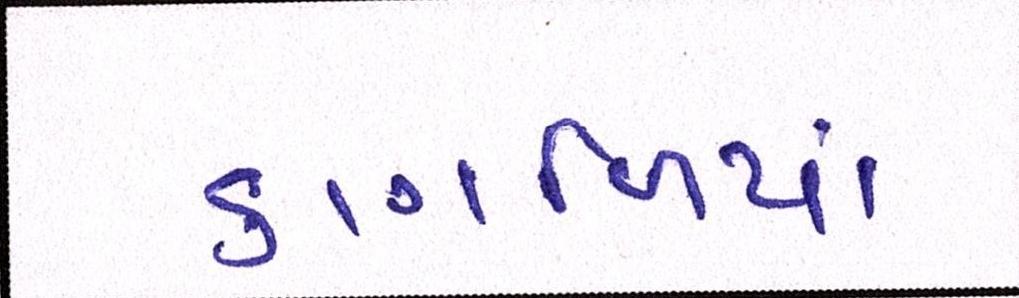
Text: કાગળિયાં